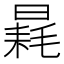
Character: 𣉶